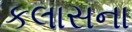
કલાસના